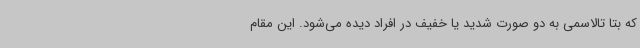
که بتا تالاسمی به دو صورت شدید یا خفیف در افراد دیده می‌شود. این مقام